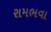
રામભવા